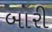
બારી